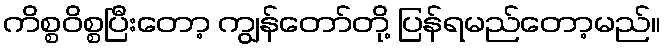
ကိစ္စဝိစ္စပြီးတော့ ကျွန်တော်တို့ ပြန်ရမည်တော့မည်။